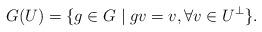
LaTeX: \begin{align*} G(U)=\{g \in G\mid g v=v,\forall v\in U^\bot\}.\end{align*}